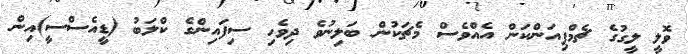
ވޮލީ ލީގުގެ ޗެމްޕިއަންކަން އެއްވެސް މެޗަކުން ބަލިނުވެ ދިވެހި ސިފައިންގެ ކްލަބު (ޑީއެސްސީ)އިން